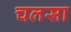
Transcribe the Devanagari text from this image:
चलसा